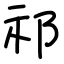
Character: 祁